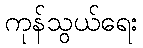
ကုန်သွယ်ရေး